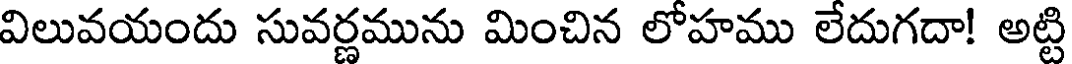
విలువయందు సువర్ణమును మించిన లోహము లేదుగదా! అట్టి